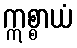
ဣစ္စာယံ